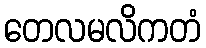
တေလမလိကတံ